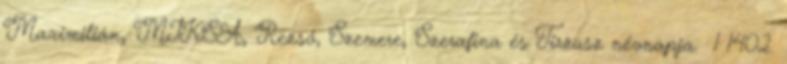
Maximilián, MIKSA, Rezső, Szemere, Szerafina és Tirzusz névnapja. 1 1402.